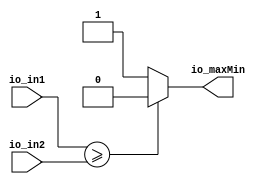
module Comparator_25(
  input  [6:0] io_in1,
  input  [6:0] io_in2,
  output       io_maxMin
);
  assign io_maxMin = io_in1 >= io_in2 ? 1'h0 : 1'h1; // @[comparator.scala 34:26 37:20 45:20]
endmodule